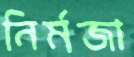
নির্মজা